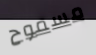
مسموح